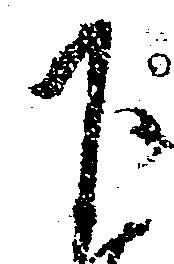
下